Vaccination in Burma 1920-1933 - 1920-1933
Year: 1920
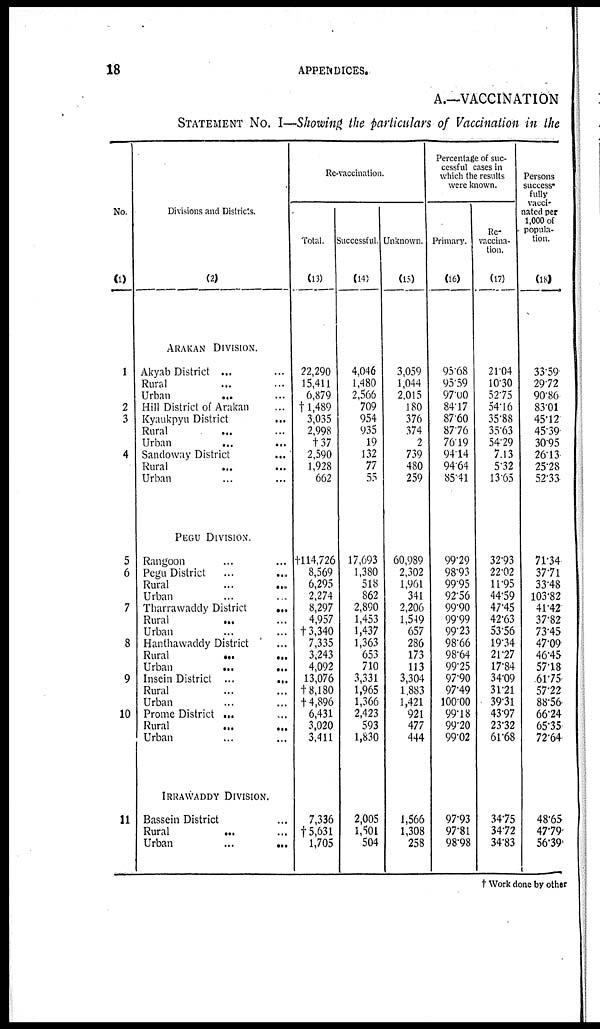
18
APPENDICES.
A.—VACCINATION
STATEMENT NO. I—Showing the particulars of Vaccination in the
No.
(1)
1
2
3
4
5
6
7
8
9
10
11
Divisions and Districts.
(2)
ARAKAN DIVISION.
Akyab District ... ...
Rural ... ...
Urban
... ...
Hill District of Arakan ...
Kyaukpyu District ...
Rural ... ...
Urban
...
...
Sandoway District
...
Rural... ...
Urban ... ...
PEGU DIVISION.
Rangoon ... ...
Pegu District
...
...
Rural......
Urban ... ...
Tharrawaddy District
...
Rural ... ...
Urban ... ...
Hanthawaddy District ...
Rural...
...
Urban
...
...
Insein District...
...
Rural ... ...
Urban ... ...
Prome District...
Rural......
Urban ... ...
IRRAWADDY DIVISION.
Bassein District ...
Rural ... ...
Urban
......
Re-vaccination.
Total.
(13)
22,290
15,411
6,879
†1,489
3,035
2,998
†37
2,590
1,928
662
†114,726
8,569
6,295
2,274
8,297
4,957
† 3,340
7,335
3,243
4,092
13,076
†8,180
†4,896
6,431
3,020
3,411
7,336
†5,631
1,705
Successful.
(14)
4,046
1,480
2,566
709
954
935
19
132
77
55
17,693
1,380
518
862
2,890
1,453
1,437
1,363
653
710
3,331
1,965
1,366
2,423
593
1,830
2,005
1,501
504
Unknown.
(15)
3,059
1,044
2,015
180
376
374
2
739
480
259
60,989
2,302
1,961
341
2,206
1,549
657
286
173
113
3,304
1,883
1,421
921
477
444
1,566
1,308
258
Percentage of suc-
cessful cases in
which the results
were known.
Primary.
(16)
95.68
9559
97.00
84.17
87.60
87.76
76.19
94.14
94.64
85.41
99.29
98.93
99.95
92.56
99.90
99.99
99.23
98.66
98.64
99.25
97.90
97.49
100.00
99.18
99.20
99.02
97.93
97.81
98.98
Re-
vaccina-
tion.
(17)
21.04
10.30
52.75
54.16
35.88
35.63
54.29
7.13
5.32
13.65
32.93
22.02
11.95
44.59
47.45
42.63
53.56
19.34
21.27
17.84
34.09
31.21
39.31
43.97
23.32
61.68
34.75
34.72
34.83
Persons
success-
fully
vacci-
nated per
1,000 of
popula-
tion.
(18)
33.59
29.72
90.86
83.01
45.12
45.39
30.95
26.13
25.28
52.33
71.34
37.71
33.48
103.82
41.42
37.82
73.45
47.09
46.45
57.18
61.75
57.22
88.56
66.24
65.35
72.64
48.65
47.79
56.39
† Work done by other